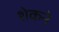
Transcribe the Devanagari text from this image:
शेकने